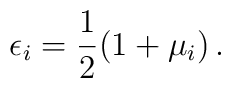
\epsilon _{i}=\frac{1}{2}(1+\mu _{i})\, .